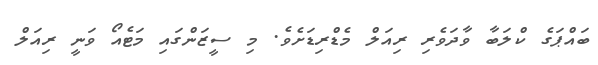
ބައްޕަގެ ކްލަބާ ވާދަވެރި ރިއަލް މެޑްރިޑަށެވެ. މި ސީޒަންގައި މަޓެއޯ ވަނީ ރިއަލް